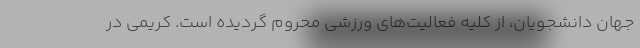
جهان دانشجویان، از کلیه فعالیت‌های ورزشی محروم گردیده است. کریمی در